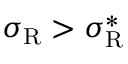
\sigma _ { \mathrm { { R } } } > \sigma _ { \mathrm { { R } } } ^ { * }